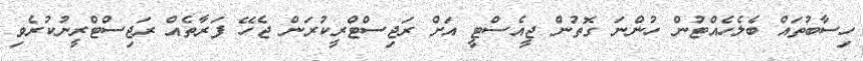
ހިސާބުތައް ބެލެހެއްޓުން ހުންނަ ގޮތުން ޖީއެސްޓީ އަށް ރަޖިސްޓްރީކުރަން ޖެހޭ ފަރާތެއް ރަޖިސްޓްރީނުކުރެވި